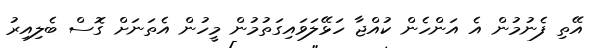
އޭތި ފެނުމުން އެ އަންހެން ކުއްޖާ ހަޅޭލަވައިގަތުމުން މީހުން އެތަނަށް ގޮސް ބެލިއިރު